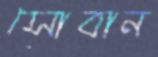
সোবান